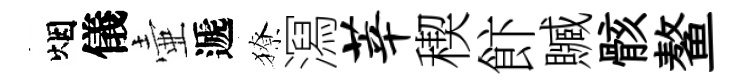
烟儀壷遞獠㵼莘稧飰贓骸鳌